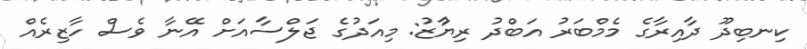
ކިނބިދޫ ދާއިރާގެ މެމްބަރު އަބްދު ރިޔާުޒު: މިއަދުގެ ޖަލްސާއަށް އޭނާ ވެސް ހާޒިރެއް